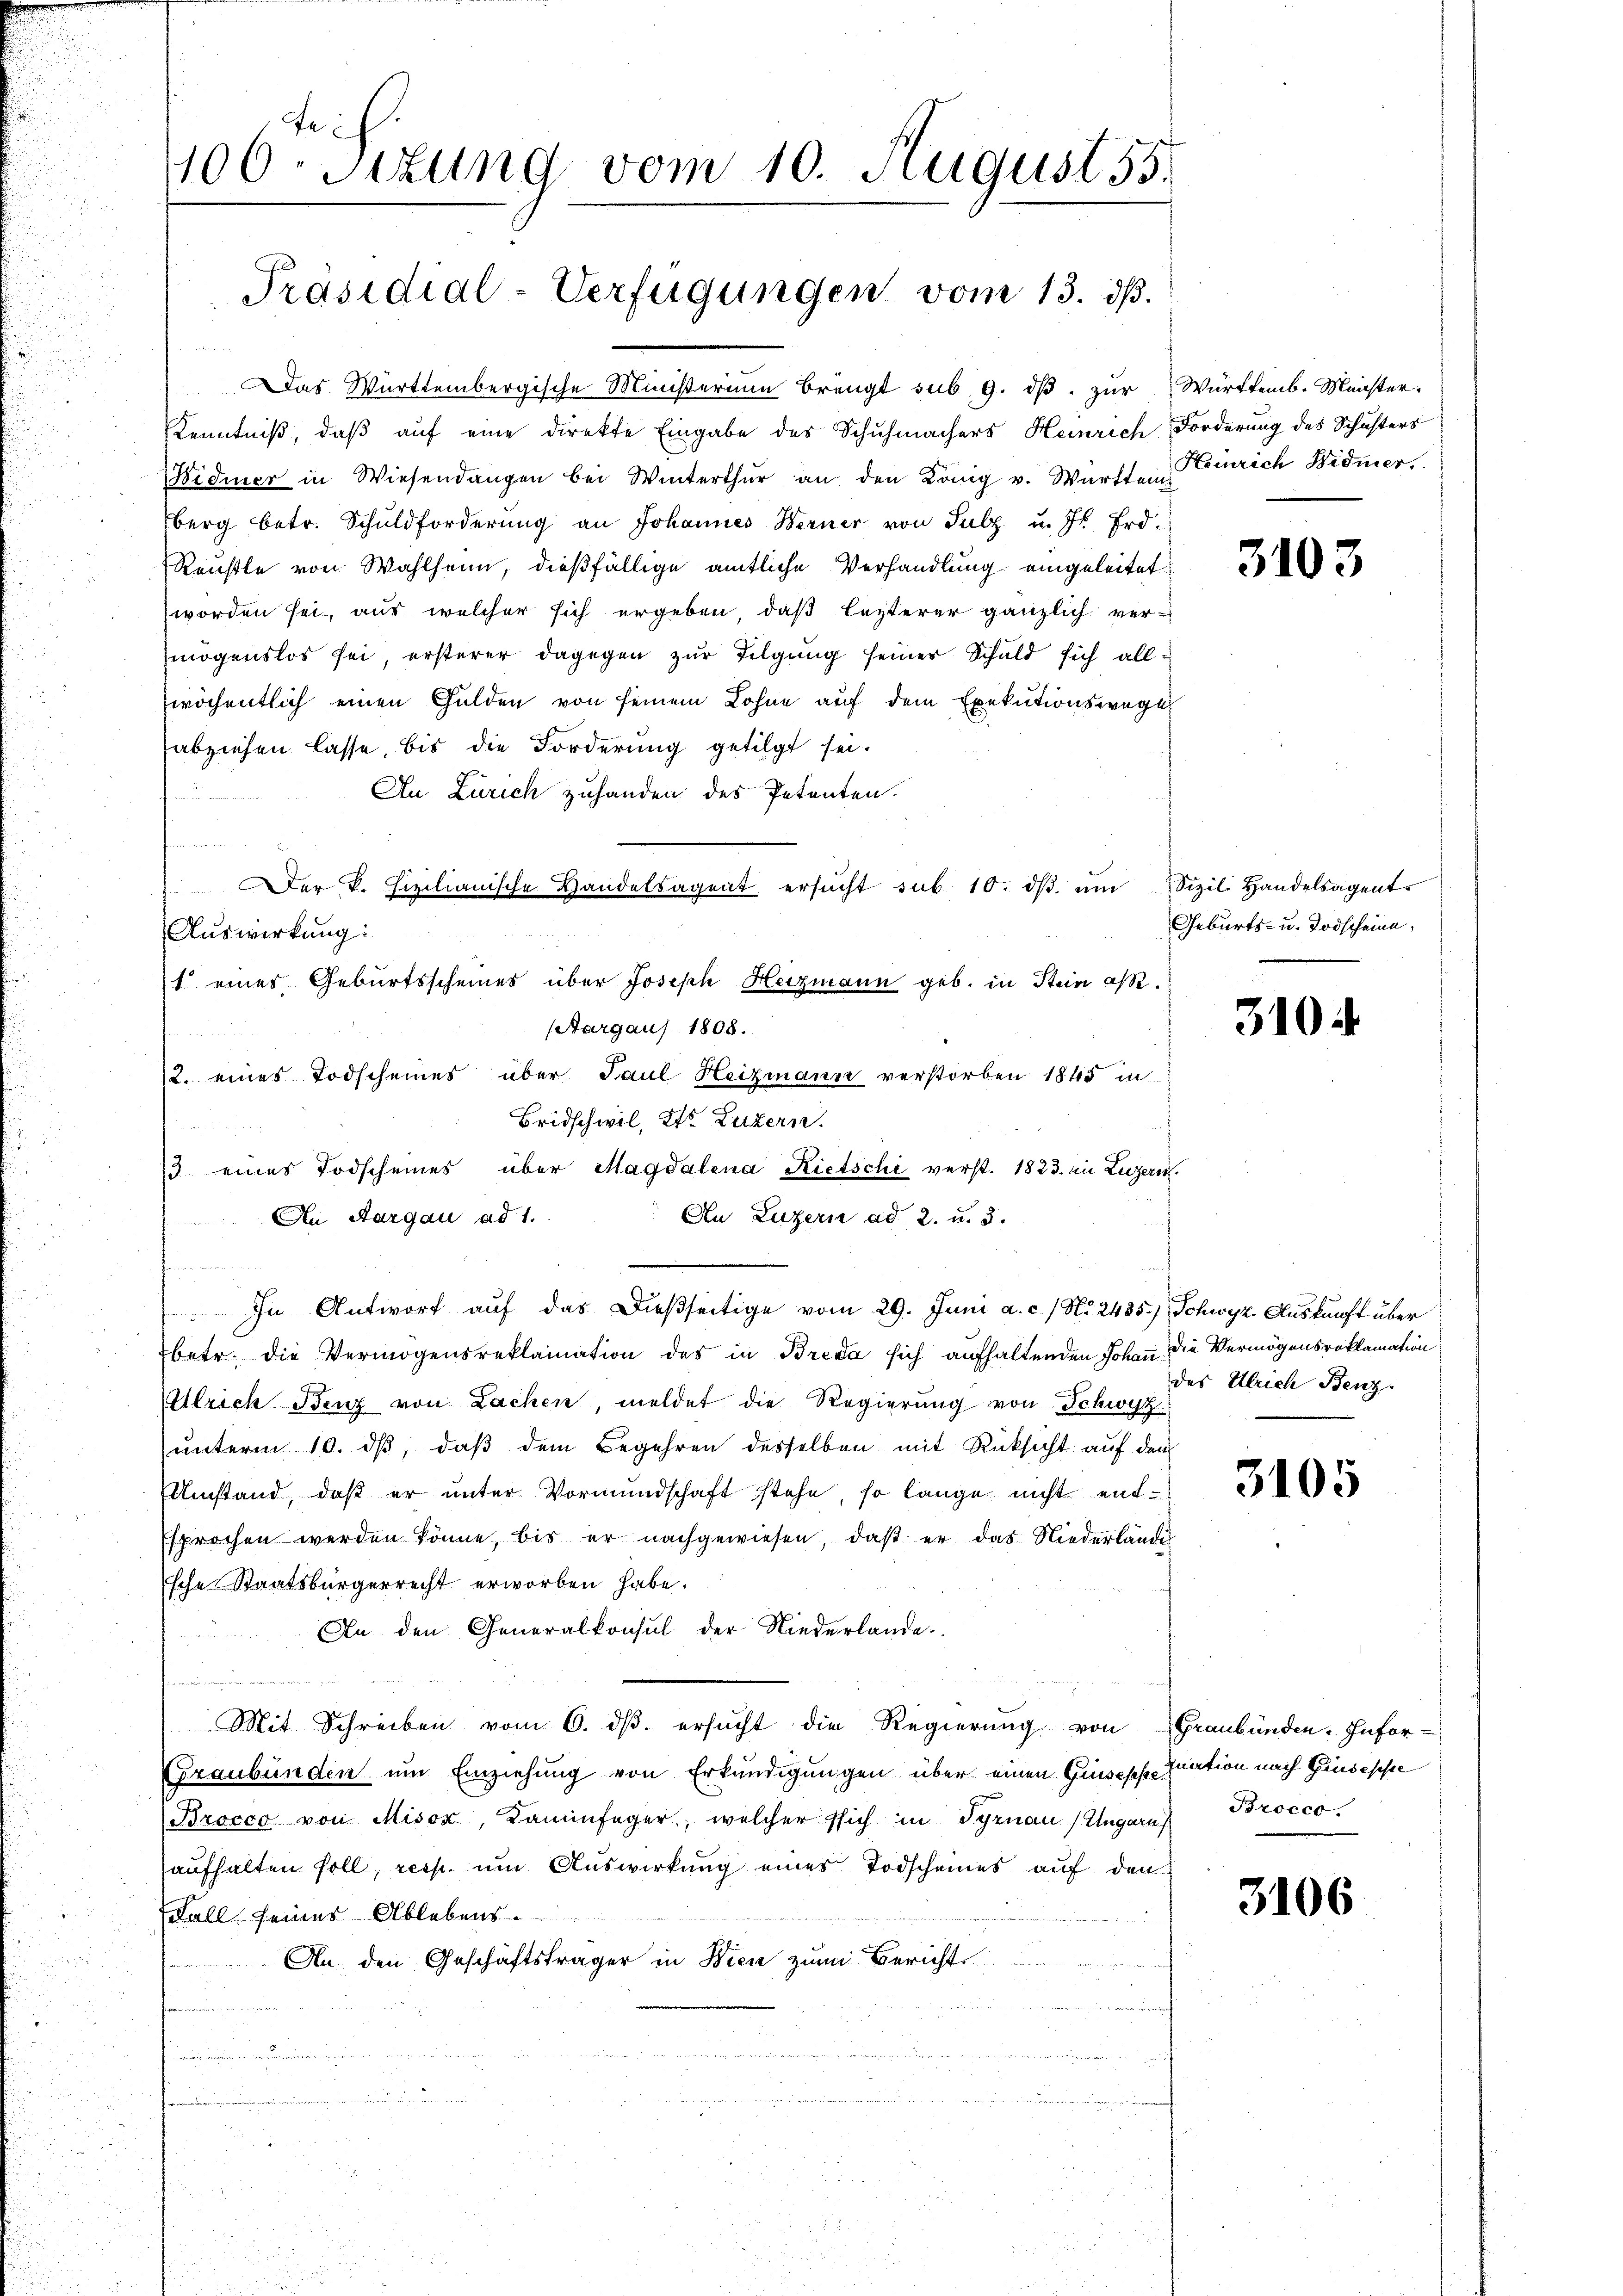
106. Sitzung vom 10. August 55.

Präsidial-Verfügungen vom 13. dß.

Das Württembergische Ministerium bringt sub. 9. dβ. zur Württemb. Meister.
Kenntniß, daß auf eine direkte Eingabe des Schuhmachers Heinrich Forderung des Schusters
Widmer in Wiesendangen bei Winterthŭr an den König v. Württem Einrich Widmer,
berg betr. Schuldforderŭng an Johannes Werner von Sulz u. Js. Frd.
Reußte von Wahlheim, dießfällige amtliche Verhandlung eingeleitet
worden sei, aus welcher sich ergeben, daß lezterer gänzlich vermögenslos sei, ersterer dagegen zur Tilgung seiner Schuld sich allwöchentlich einen Gulden von seinem Lohne auf dem Exekutionswege
abziehen lasse, bis die Forderung getilgt sei.
An Zürich zuhanden des Petenten.
Auswirkung:
(Aargaus 1808.
2. eines Todscheines über Paul Heizmann verstorben 1845 in
Bridschwil, Dr. Luzern.
3 eines Todscheines über Magdalena Rietschi verst. 1823. in Luzern.
Au Luzern ad 2. u. 3.
u
In Antwort auf das Dießseitige vom 29. Juni a. c. / No. 2435), Schwyz Auskunft über
betr. die Vermögensreklamation des in Breda sich aufhaltenden Johan die Vermögensroklamation
Ulrich Benz von Lachen, meldet die Regierung von Schwyz
unterm 10. dβ, daß dem Begehren desselben mit Rücksicht auf den
Umstand, daß er unter Vormundschaft stehe, so lange nicht entsprochen werden könne, bis er nachgewiesen, daß er das Niederländi
sche Staatsbürgerrecht erworben habe.
An den Generalkonsul der Niederlande
Mit Schreiben vom 6. dβ. ersŭcht die Regierŭng von Graubünden Infor-
Graubünden um Einziehung von Erkundigungen über einen Grisische Quation nach Ginsesse
Brocco von Misox, Kaminfeger, welcher sich in Syrnau (Ungarn
aufhalten soll, resp. um Auswirkung eines Todscheines auf den
Fall seines Ablebens.
An den Geschäftsträger in Bien zum Bericht
moder

An Aargau ad 1.

Der k. Filianische Handelsagent ersŭcht sub 10. dβ ŭm Sizil Handelsagent
1 eines Geburtsscheines über Joseph Herzmann geb. in Stein as-

3103

Geburts- u. Todscheine,

310

des Ulrich Benz

3105

Broeco

3106